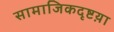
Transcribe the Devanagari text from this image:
सामाजिकदृष्टय़ा